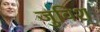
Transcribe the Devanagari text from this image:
जुविश